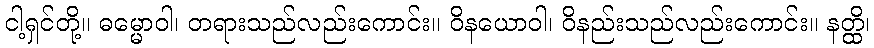
ငါ့ရှင်တို့။ ဓမ္မောဝါ၊ တရားသည်လည်းကောင်း။ ဝိနယောဝါ၊ ဝိနည်းသည်လည်းကောင်း။ နတ္ထိ၊